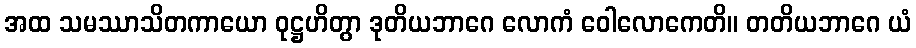
အထ သမဿာသိတကာယော ဝုဋ္ဌဟိတွာ ဒုတိယဘာဂေ လောကံ ဝေါလောကေတိ။ တတိယဘာဂေ ယံ